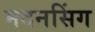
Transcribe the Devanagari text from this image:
मदनसिंग